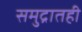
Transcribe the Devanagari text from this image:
समुद्रातही